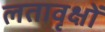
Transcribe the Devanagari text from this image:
लतावृक्षों